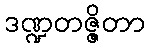
ဒဏ္ဍတဇ္ဇိတာ